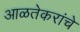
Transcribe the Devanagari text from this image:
आळतेकरांचे